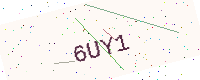
Text: 6UY1